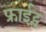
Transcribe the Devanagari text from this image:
फ्राईट्स